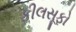
ફીલસૂફો